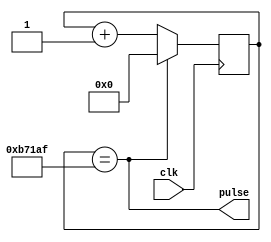
`timescale 1ns / 1ps
//////////////////////////////////////////////////////////////////////////////////
//Generates a signal that is true for one clock period every MSPERIOD milliseconds.
//////////////////////////////////////////////////////////////////////////////////
module pulsegenMS(clk,pulse);
input clk;
output pulse;

//how often in milliseconds that pulse should be generated, random default value
parameter MSPERIOD = 15; 
//50000 is for 1 ms assuming 50 MHz clock
parameter PERIOD_MAX = (MSPERIOD * 50000) - 1; 

//lets be lazy and use a 32 bit counter, unused bits will be optimized away
reg [31:0]cntr;  

assign pulse = (cntr == PERIOD_MAX);  //this signal asserted to reset the counter.

always @(posedge clk) begin   
 if (pulse) cntr <= 0;
 else cntr <= cntr +1;
end

endmodule